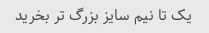
یک تا نیم سایز بزرگ تر بخرید